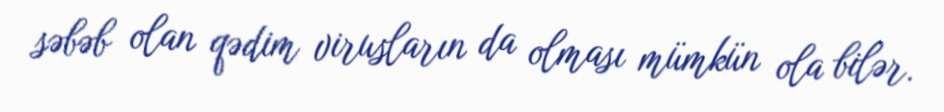
səbəb olan qədim virusların da olması mümkün ola bilər.